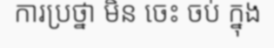
ការប្រថ្នា មិន ចេះ ចប់ ក្នុង